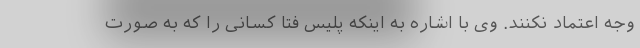
وجه اعتماد نکنند. وی با اشاره به اینکه پلیس فتا کسانی را که به‌ صورت